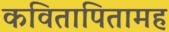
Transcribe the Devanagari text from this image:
कवितापितामह